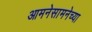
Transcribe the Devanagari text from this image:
आमनेसामनेच्या